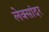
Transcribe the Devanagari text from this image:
लेक्सांदर